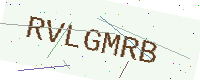
Text: RVLGMRB